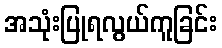
အသုံးပြုရလွယ်ကူခြင်း